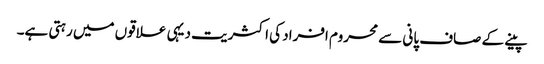
پینے کے صاف پانی سے محروم افراد کی اکثریت دیہی علاقوں میں رہتی ہے۔